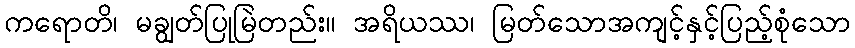
ကရောတိ၊ မချွတ်ပြုမြဲတည်း။ အရိယဿ၊ မြတ်သောအကျင့်နှင့်ပြည့်စုံသော